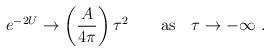
LaTeX: \begin{align*}e^{-2U}\rightarrow \left( {A\over 4\pi}\right) \tau^2 \qquad {\rm as} \quad\tau \rightarrow - \infty \ .\end{align*}